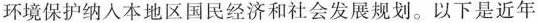
环境保护纳入本地区国民经济和社会发展规划。以下是近年